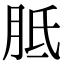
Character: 胝